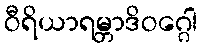
ဝီရိယာရမ္ဘာဒိဝဂ္ဂေါ